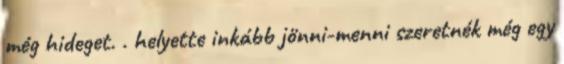
még hideget. . helyette inkább jönni-menni szeretnék még egy